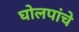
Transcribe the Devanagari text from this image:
घोलपांचे